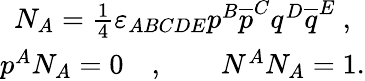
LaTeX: \begin{array}{c}{{N_{A}=\frac 14\varepsilon_{ABCDE}p^{B}\overline{{{p}}}^{C}q^{D}\overline{{{q}}}^{E}\ ,}}\\ {{p^{A}N_{A}=0\quad,\qquad N^{A}N_{A}=1.}}\end{array}